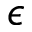
\epsilon